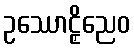
ဥဿောဠှိညေဝ